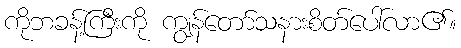
ကိုဘခန့်ကြီးကို ကျွန်တော်သနားစိတ်ပေါ်လာ၏။